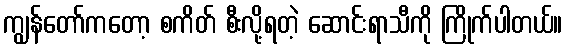
ကျွန်တော်ကတော့ စကိတ် စီးလို့ရတဲ့ ဆောင်းရာသီကို ကြိုက်ပါတယ်။